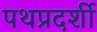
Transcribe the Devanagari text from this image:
पथप्रदर्शी